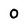
Character: 0